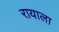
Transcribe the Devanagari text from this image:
रायाला